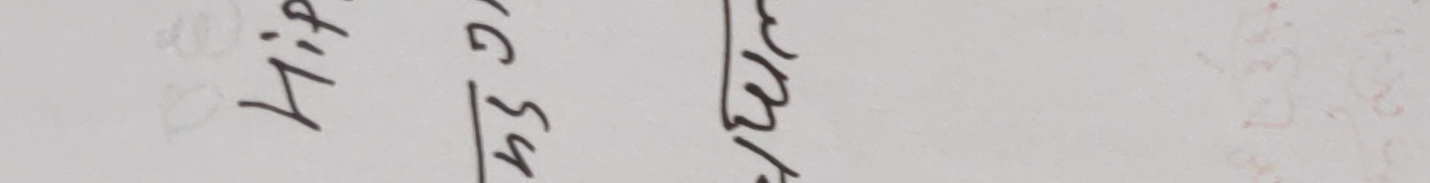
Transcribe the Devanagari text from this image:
Lip
4372
नेट